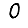
Digit: 0